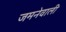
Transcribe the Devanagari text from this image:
जमनेवाली